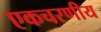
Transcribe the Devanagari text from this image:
एकचरणीय